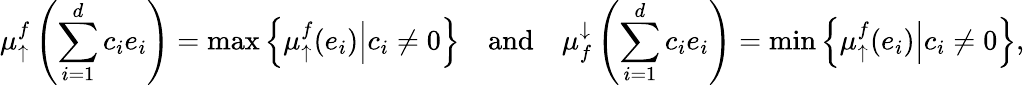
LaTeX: \mu_{\uparrow}^{f}\left(\sum_{i=1}^{d}c_{i}e_{i}\right)=\operatorname*{max}\left\{ \left.\mu_{\uparrow}^{f}(e_{i})\right|c_{i}\neq 0\right\} \quad\mathrm{and}\quad\mu_{f}^{\downarrow}\left(\sum_{i=1}^{d}c_{i}e_{i}\right)=\operatorname*{min}\left\{ \left.\mu_{\uparrow}^{f}(e_{i})\right|c_{i}\neq 0\right\} ,